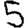
Digit: 5